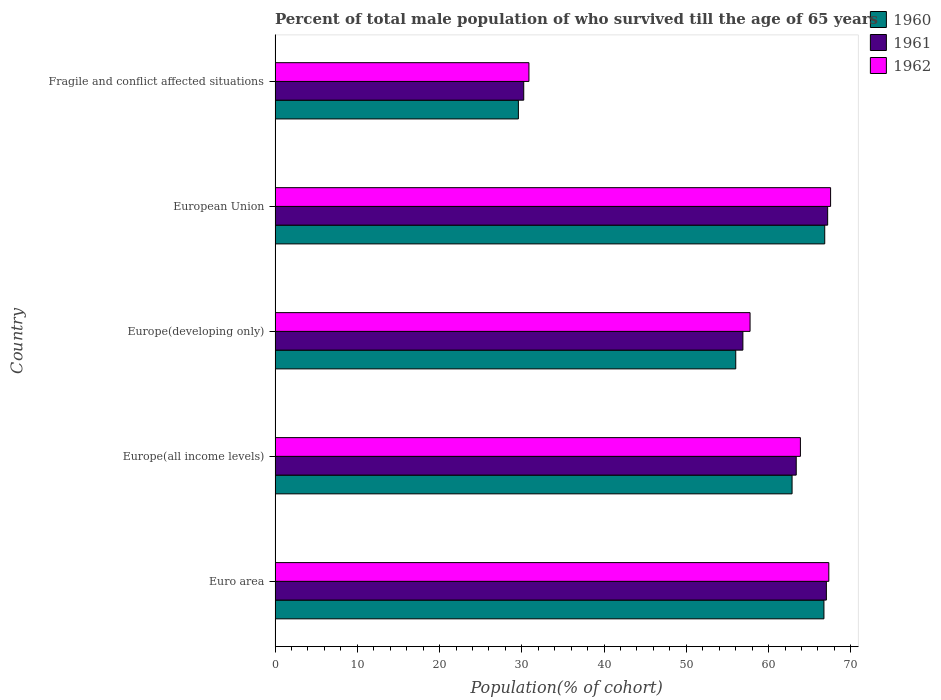
| Country | 1960 | 1961 | 1962 |
 | --- | --- | --- | --- |
 | Euro area | 66.7 | 67 | 67.3 |
 | Europe(all income levels) | 62.9 | 63.4 | 63.9 |
 | Europe(developing only) | 56 | 56.9 | 57.7 |
 | European Union | 66.8 | 67.2 | 67.5 |
 | Fragile and conflict affected situations | 29.6 | 30.2 | 30.9 |